Document type: Sale
Year: 1209
Scribe: Arnau de Torre
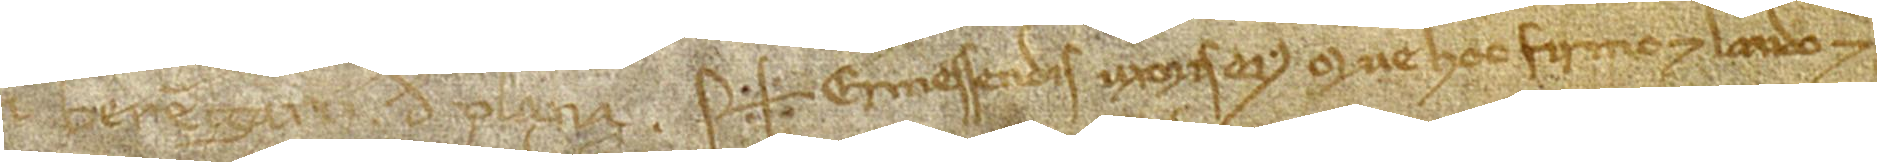
num Berengarii de Plana. Sig+num Ermessendis, uxoris eius, que hoc firmo et laudo et